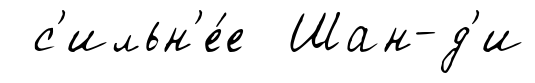
с'ильн'е́е Шан-д'и